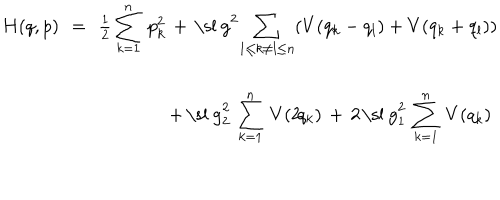
LaTeX: \begin{array} { r c l } { { H ( q , p ) \! \! } } & { { = } } & { { \! \! { \frac { 1 } { 2 } } \, { \displaystyle { \sum _ { k = 1 } ^ { n } \, p _ { k } ^ { 2 } \, + \, \mathrm { \ s l ~ g } ^ { 2 } \! \sum _ { 1 \leq k \neq l \leq n } \! \left( V ( q _ { k } - q _ { l } ) + V ( q _ { k } + q _ { l } ) \right) } } } } \\ { { } } & { { } } & { { \! \! \phantom { { \frac { 1 } { 2 } } \, { \displaystyle { \sum _ { k = 1 } ^ { n } \, p _ { k } ^ { 2 } \, } } } { \displaystyle { \mathrm { } + \, \mathrm { \ s l ~ g } _ { 2 } ^ { 2 } \, \sum _ { k = 1 } ^ { n } \, V ( 2 \! q _ { k } ) \, + \, 2 \; \! \mathrm { \ s l ~ g } _ { 1 } ^ { 2 } \, \sum _ { k = 1 } ^ { n } \, V ( q _ { k } ) } } } } \\ \end{array} \quad